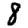
Digit: 8